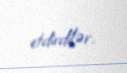
etdirdilər.